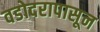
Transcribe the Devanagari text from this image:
वडोदरापासून